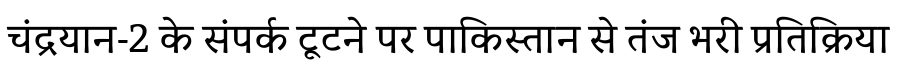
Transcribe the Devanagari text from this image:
चंद्रयान-2 के संपर्क टूटने पर पाकिस्तान से तंज भरी प्रतिक्रिया